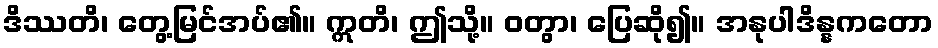
ဒိဿတိ၊ တွေ့မြင်အပ်၏။ ဣတိ၊ ဤသို့။ ဝတွာ၊ ပြေဆို၍။ အနုပါဒိန္နကတော